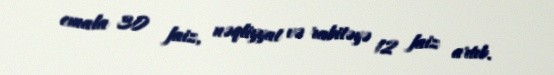
emala 30 faiz, nəqliyyat və rabitəyə 12 faiz artıb.